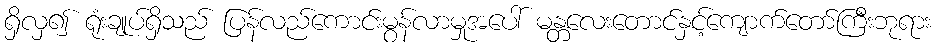
ရှိလှ၍ ရုံးချုပ်ရှိသည် ပြန်လည်ကောင်းမွန်လာမှုအပေါ် မန္တလေးတောင်နှင့်ကျောက်တော်ကြီးဘုရား